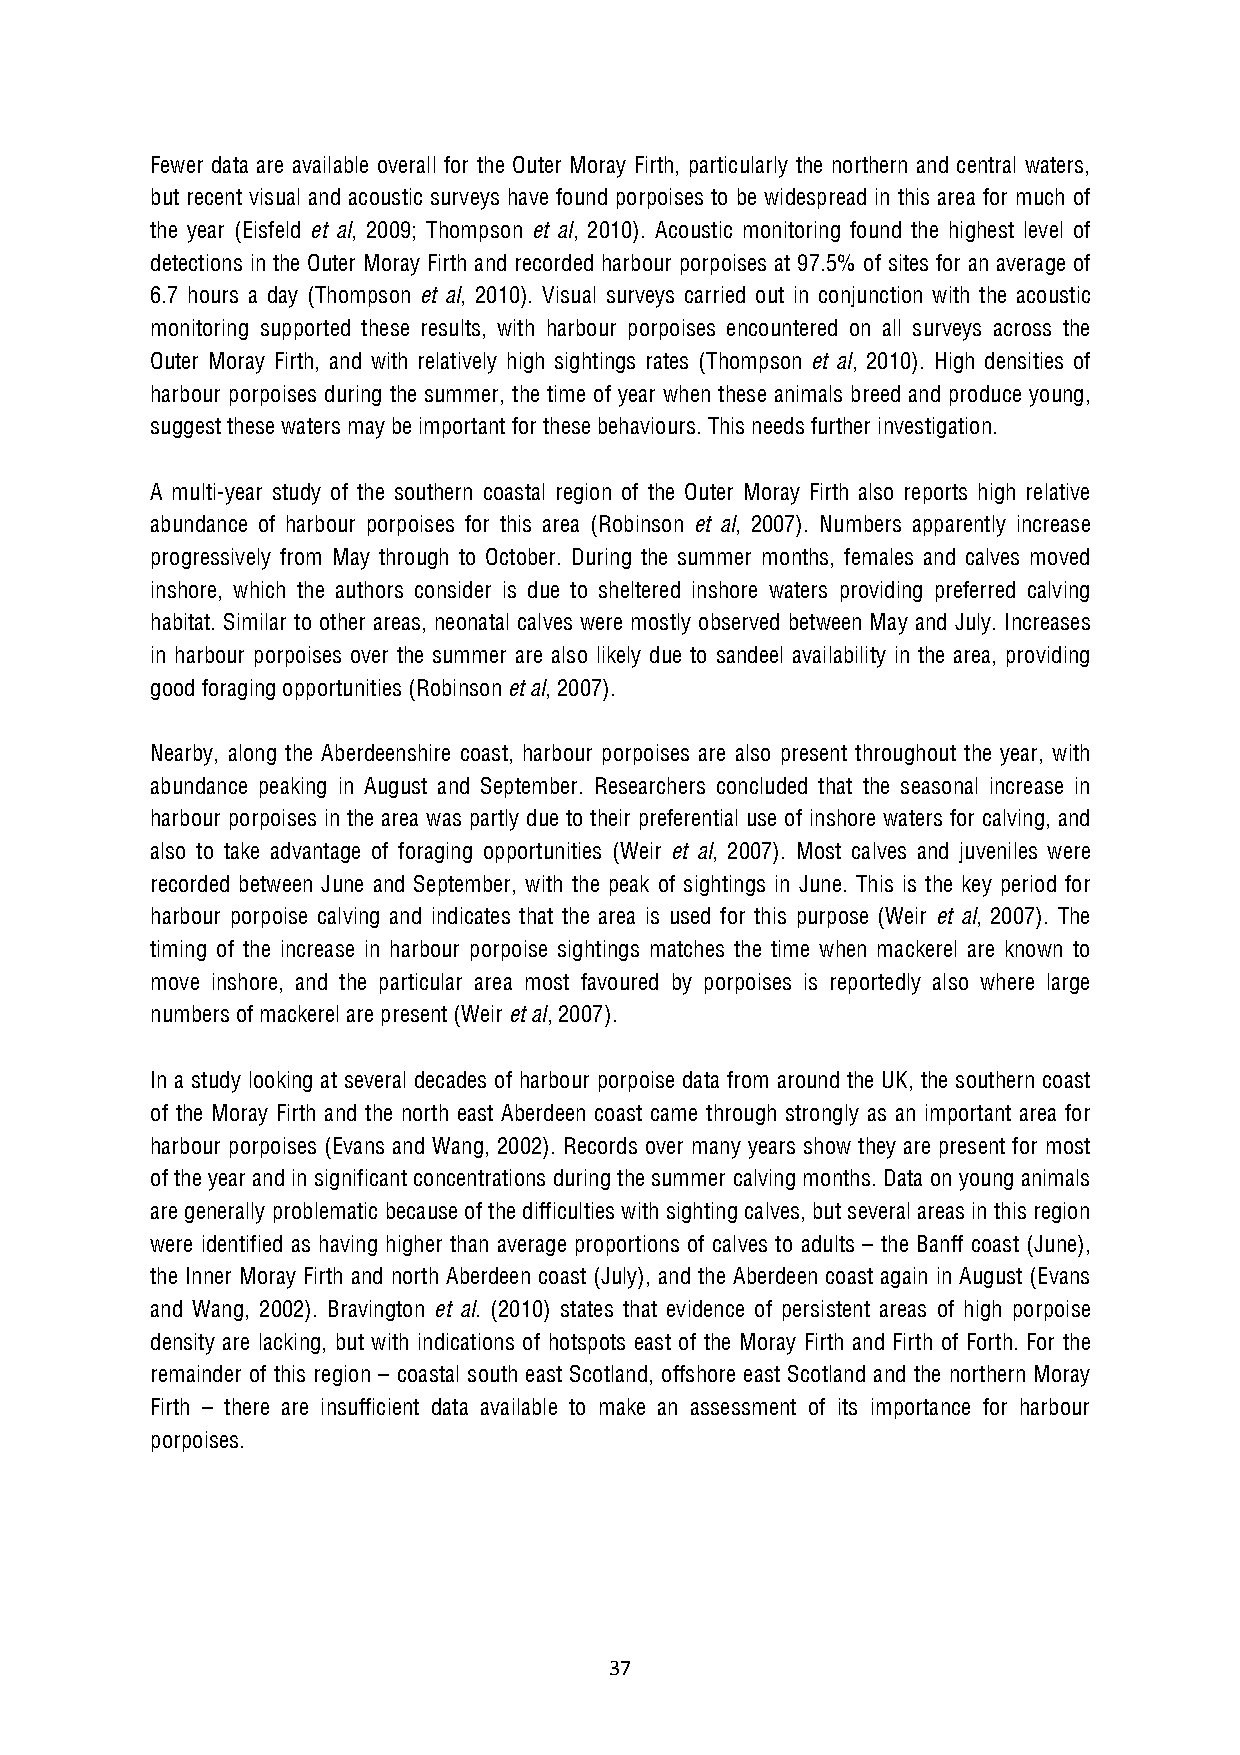
Fewer data are available overall for the Outer Moray Firth, particularly the northern and central waters,
 but recent visual and acoustic surveys have found porpoises to be widespread in this area for much of
 the year (Eisfeld et al, 2009; Thompson et al, 2010). Acoustic monitoring found the highest level of
 detections in the Outer Moray Firth and recorded harbour porpoises at 97.5% of sites for an average of
 6.7 hours a day (Thompson et al, 2010). Visual surveys carried out in conjunction with the acoustic
 monitoring supported these results, with harbour porpoises encountered on all surveys across the
 Outer Moray Firth, and with relatively high sightings rates (Thompson et al, 2010). High densities of
 harbour porpoises during the summer, the time of year when these animals breed and produce young,
 suggest these waters may be important for these behaviours. This needs further investigation.
 A multi-year study of the southern coastal region of the Outer Moray Firth also reports high relative
 abundance of harbour porpoises for this area (Robinson et al, 2007). Numbers apparently increase
 progressively from May through to October. During the summer months, females and calves moved
 inshore, which the authors consider is due to sheltered inshore waters providing preferred calving
 habitat. Similar to other areas, neonatal calves were mostly observed between May and July. Increases
 in harbour porpoises over the summer are also likely due to sandeel availability in the area, providing
 good foraging opportunities (Robinson et al, 2007).
 Nearby, along the Aberdeenshire coast, harbour porpoises are also present throughout the year, with
 abundance peaking in August and September. Researchers concluded that the seasonal increase in
 harbour porpoises in the area was partly due to their preferential use of inshore waters for calving, and
 also to take advantage of foraging opportunities (Weir et al, 2007). Most calves and juveniles were
 recorded between June and September, with the peak of sightings in June. This is the key period for
 harbour porpoise calving and indicates that the area is used for this purpose (Weir et al, 2007). The
 timing of the increase in harbour porpoise sightings matches the time when mackerel are known to
 move inshore, and the particular area most favoured by porpoises is reportedly also where large
 numbers of mackerel are present (Weir et al, 2007).
 In a study looking at several decades of harbour porpoise data from around the UK, the southern coast
 of the Moray Firth and the north east Aberdeen coast came through strongly as an important area for
 harbour porpoises (Evans and Wang, 2002). Records over many years show they are present for most
 of the year and in significant concentrations during the summer calving months. Data on young animals
 are generally problematic because of the difficulties with sighting calves, but several areas in this region
 were identified as having higher than average proportions of calves to adults – the Banff coast (June),
 the Inner Moray Firth and north Aberdeen coast (July), and the Aberdeen coast again in August (Evans
 and Wang, 2002). Bravington et al. (2010) states that evidence of persistent areas of high porpoise
 density are lacking, but with indications of hotspots east of the Moray Firth and Firth of Forth. For the
 remainder of this region – coastal south east Scotland, offshore east Scotland and the northern Moray
 Firth – there are insufficient data available to make an assessment of its importance for harbour
 porpoises.
 37